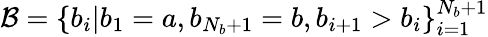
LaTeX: \mathcal{B}=\{ b_{i}|b_{1}=a,b_{N_{b}+1}=b,b_{i+1}>b_{i}\} _{i=1}^{N_{b}+1}